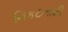
નિકટતાથી